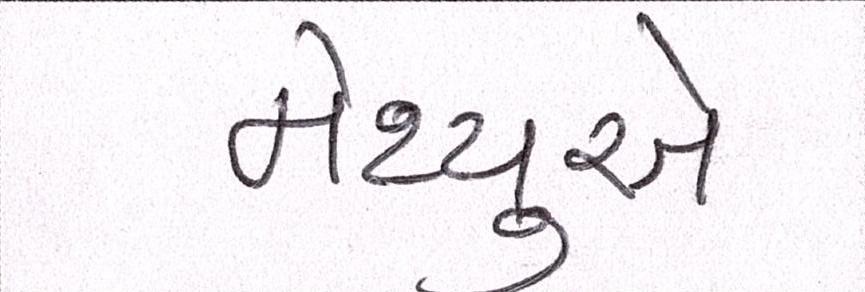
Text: મેથ્યુએ